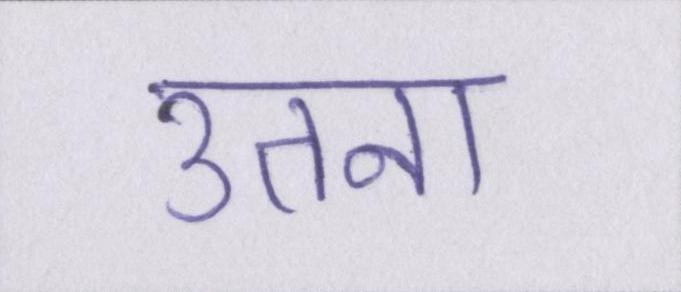
उतना